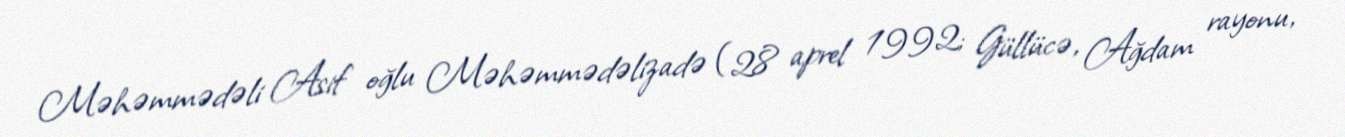
Məhəmmədəli Asif oğlu Məhəmmədəlizadə (28 aprel 1992; Güllücə, Ağdam rayonu,